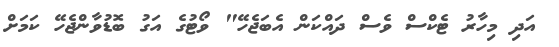
އަދި މިހާރު ޓެކްސް ވެސް ދައްކަން އެބަޖެހޭ" ވޯޓުގެ އަގު ބޮޑުވާންޖެހޭ ކަމަށް